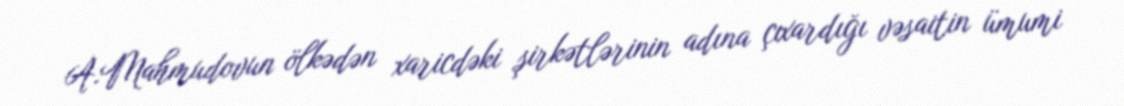
A.Mahmudovun ölkədən xaricdəki şirkətlərinin adına çıxardığı vəsaitin ümumi